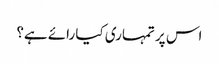
اس پر تمہاری کیا رائے ہے؟